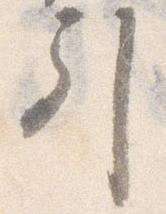
引